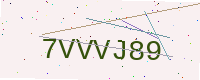
Text: 7VVVJ89